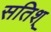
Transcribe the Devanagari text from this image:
सतिश्